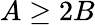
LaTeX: A\geq 2B